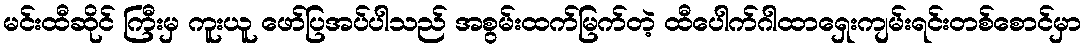
မင်းထီဆိုင် ကြီးမှ ကူးယူ ဖော်ပြအပ်ပါသည် အစွမ်းထက်မြက်တဲ့ ထီပေါက်ဂါထာရှေးကျမ်းရင်းတစ်စောင်မှာ